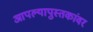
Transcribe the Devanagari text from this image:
आपल्यापुस्तकांवर